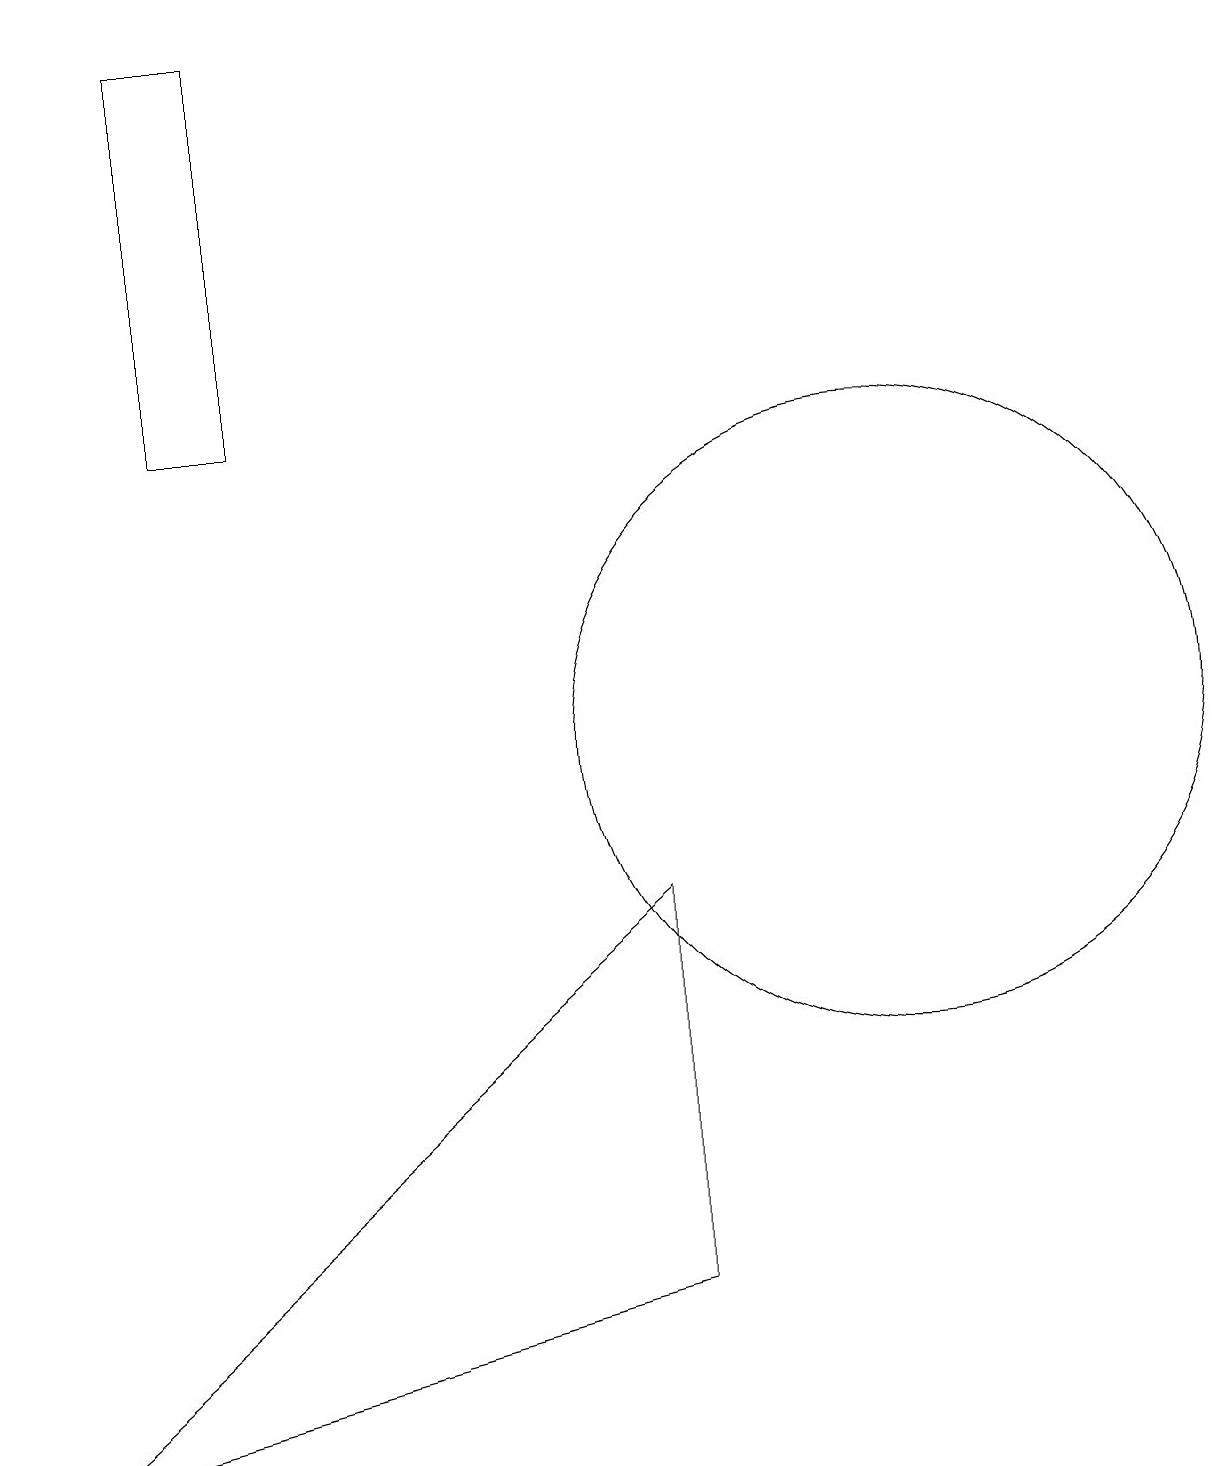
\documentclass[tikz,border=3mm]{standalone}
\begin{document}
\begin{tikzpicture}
\draw (11,10) circle (4);
\draw (8,3) -- (0,1) -- (8,8) -- cycle;
\draw (3,14) rectangle (2,19);
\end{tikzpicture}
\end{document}